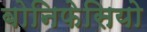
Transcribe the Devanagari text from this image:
बोनिफेसियो